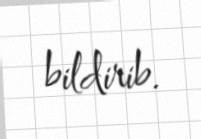
bildirib.